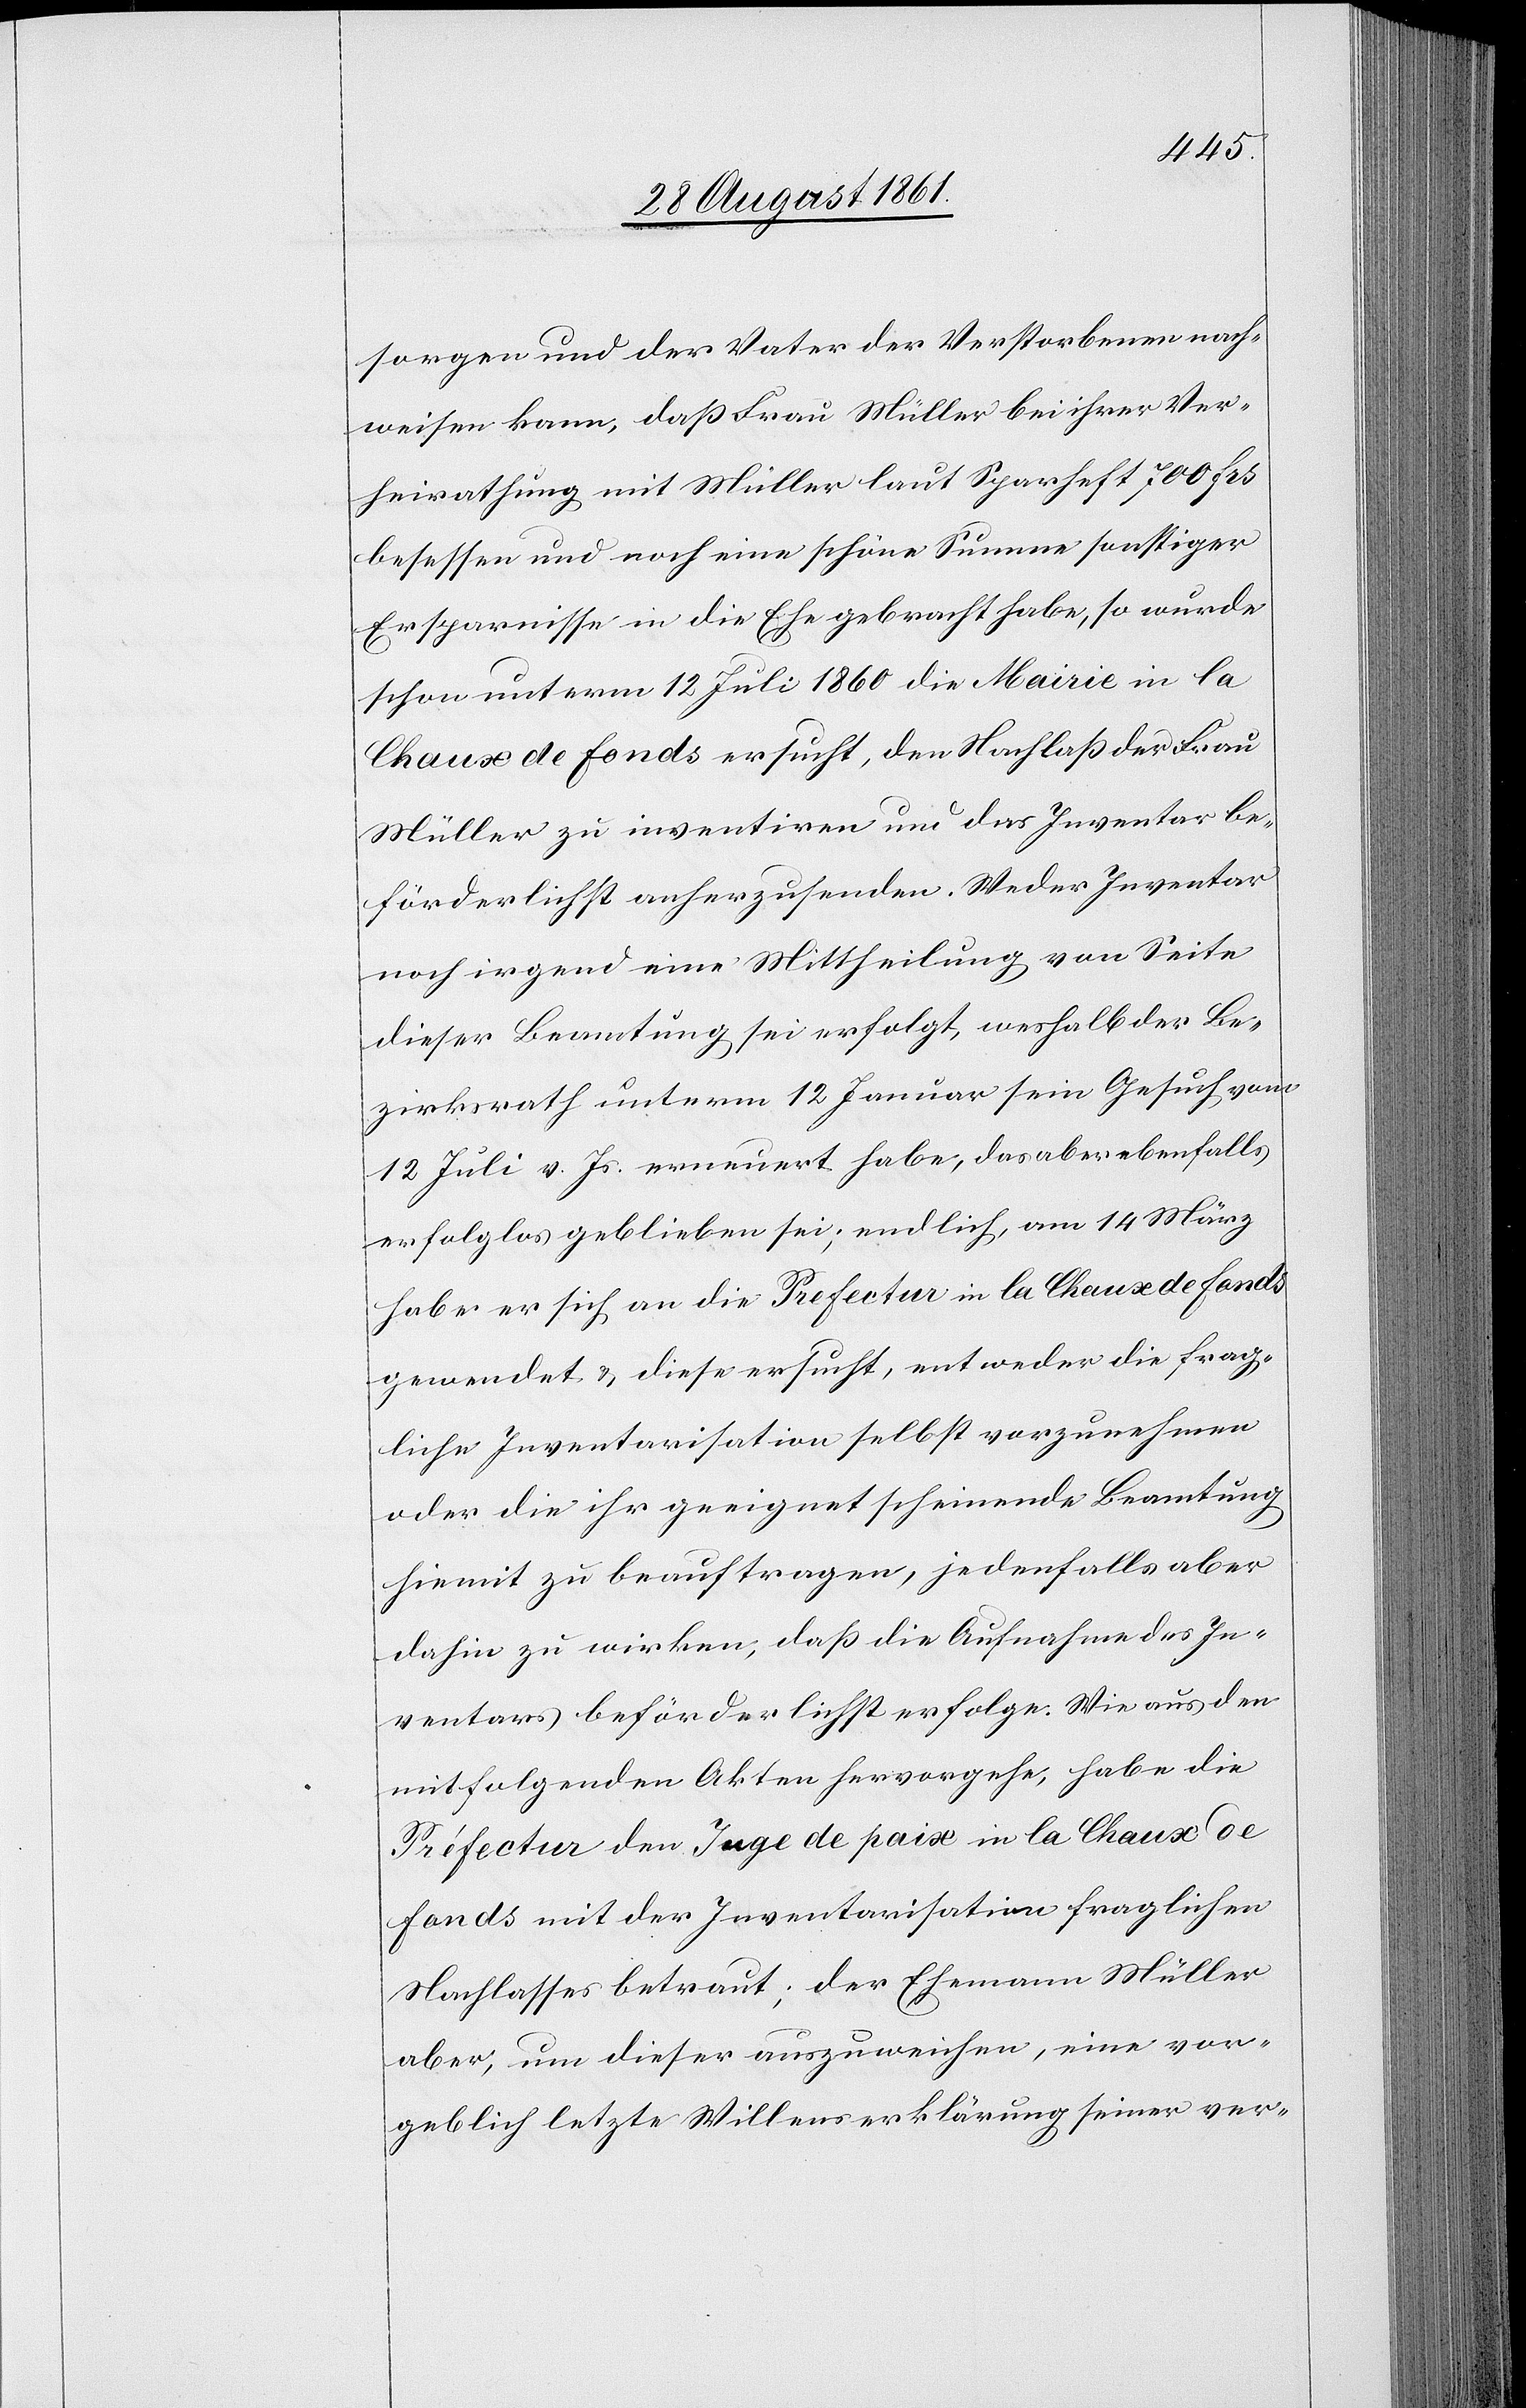
sorgen und der Vater der Verstorbenen nach¬
weisen kann, daß Frau Müller bei ihrer Ver¬
heirathung mit Müller laut Sparheft 700 frs
besessen und noch eine schöne Summe sonstiger
Ersparnisse in die Ehe gebracht habe, so wurde
schon unterm 12 Juli 1860 die Mairie in la
Chaux de Fonds ersucht, den Nachlaß der Frau
Müller zu inventiren und das Inventar be¬
förderlichst anherzusenden. Weder Inventar
noch irgend eine Mittheilung von Seite
dieser Beamtung sei erfolgt, weshalb der Be¬
zirksrath unterm 12 Januar sein Gesuch vom
12 Juli v. Js. erneuert habe, das aber ebenfalls
erfolglos geblieben sei; endlich am 14 März
habe er sich an die Prefectur in la Chaux de Fonds
gewendet u. diese ersucht, entweder die frag¬
liche Inventarisation selbst vorzunehmen
oder die ihr geeignet scheinende Beamtung
hiemit zu beauftragen, jedenfalls aber
dahin zu wirken, daß die Aufnahme des In¬
ventars beförderlichst erfolge. Wie aus den
mitfolgenden Akten hervorgehe, habe die
Préfectur den Juge de paix in la Chaux de
Fonds mit der Inventarisation fraglichen
Nachlasses betraut; der Ehemann Müller
aber, um dieser auszuweichen, eine vor¬
geblich letzte Willenserklärung seiner ver-